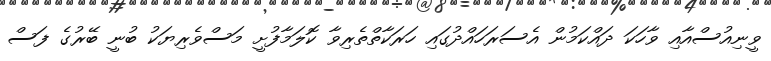
ވީނިއުސްއާއި ވާހަކަ ދައްކަމުން އެސަރަހައްދުގައި ހަރަކާތްތެރިވާ ކޮލަމާފުށީ މަސްވެރިޔަކު ބުނީ ބޭރުގެ ފަސް